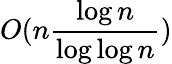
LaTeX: O(n{\frac{\log n}{\log\log n}})